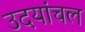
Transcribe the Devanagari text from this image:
उदयांचल